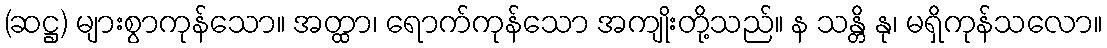
(ဆဋ္ဌ) များစွာကုန်သော။ အတ္ထာ၊ ရောက်ကုန်သော အကျိုးတို့သည်။ န သန္တိ နု၊ မရှိကုန်သလော။